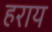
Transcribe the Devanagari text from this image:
हराय